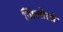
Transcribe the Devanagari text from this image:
जिलोलो